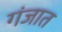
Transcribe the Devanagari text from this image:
गंजात